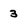
Character: 3